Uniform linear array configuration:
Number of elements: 64
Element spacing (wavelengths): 0.5
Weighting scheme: exponential
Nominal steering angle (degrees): -15
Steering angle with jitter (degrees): -16.027
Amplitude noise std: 0.05
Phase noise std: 0.05

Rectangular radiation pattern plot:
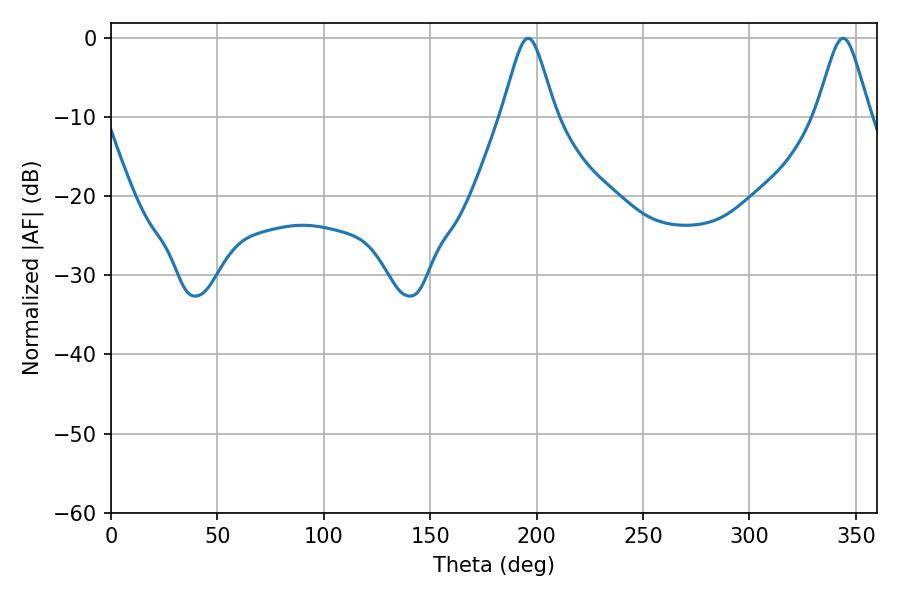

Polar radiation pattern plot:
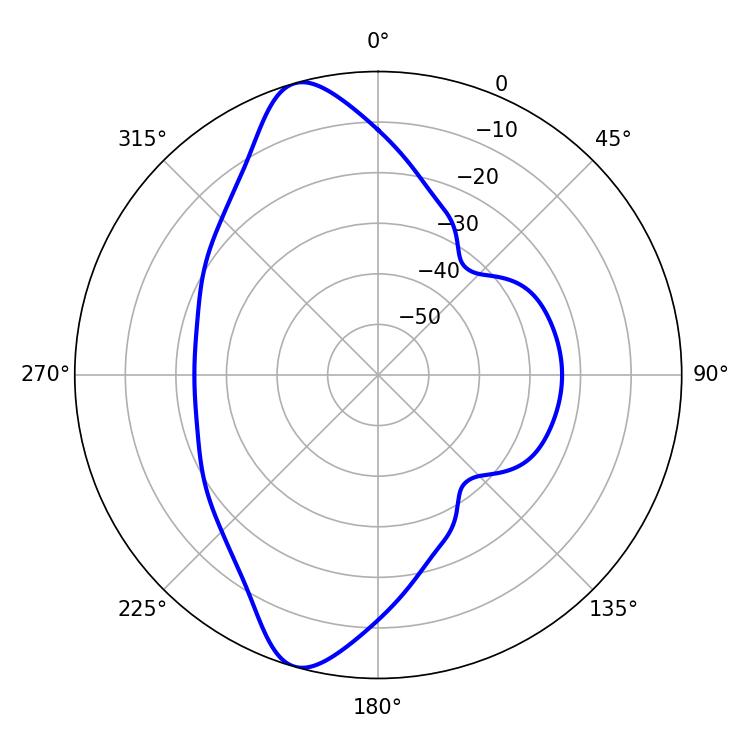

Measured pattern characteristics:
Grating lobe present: FALSE
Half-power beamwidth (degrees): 12.06
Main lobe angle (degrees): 196.02